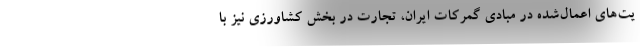
یت‌های اعمال‌شده در مبادی گمرکات ایران، تجارت در بخش کشاورزی نیز با